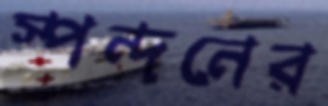
স্পন্দনের